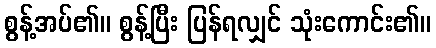
စွန့်အပ်၏။ စွန့်ပြီး ပြန်ရလျှင် သုံးကောင်း၏။